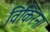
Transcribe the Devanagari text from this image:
विकिरन।